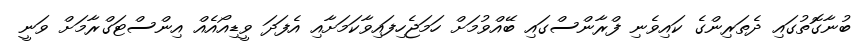
ބުނާގޮތުގައި ދެތަރިންގެ ކައިވެނި ފްރާންސްގައި ބޭއްވުމަށް ހަމަޖެހިފައިވާކަމަށާއި އެފަދަ ވީޑިއޯއެއް އިންސްޓަގްރާމަށް ވަނީ